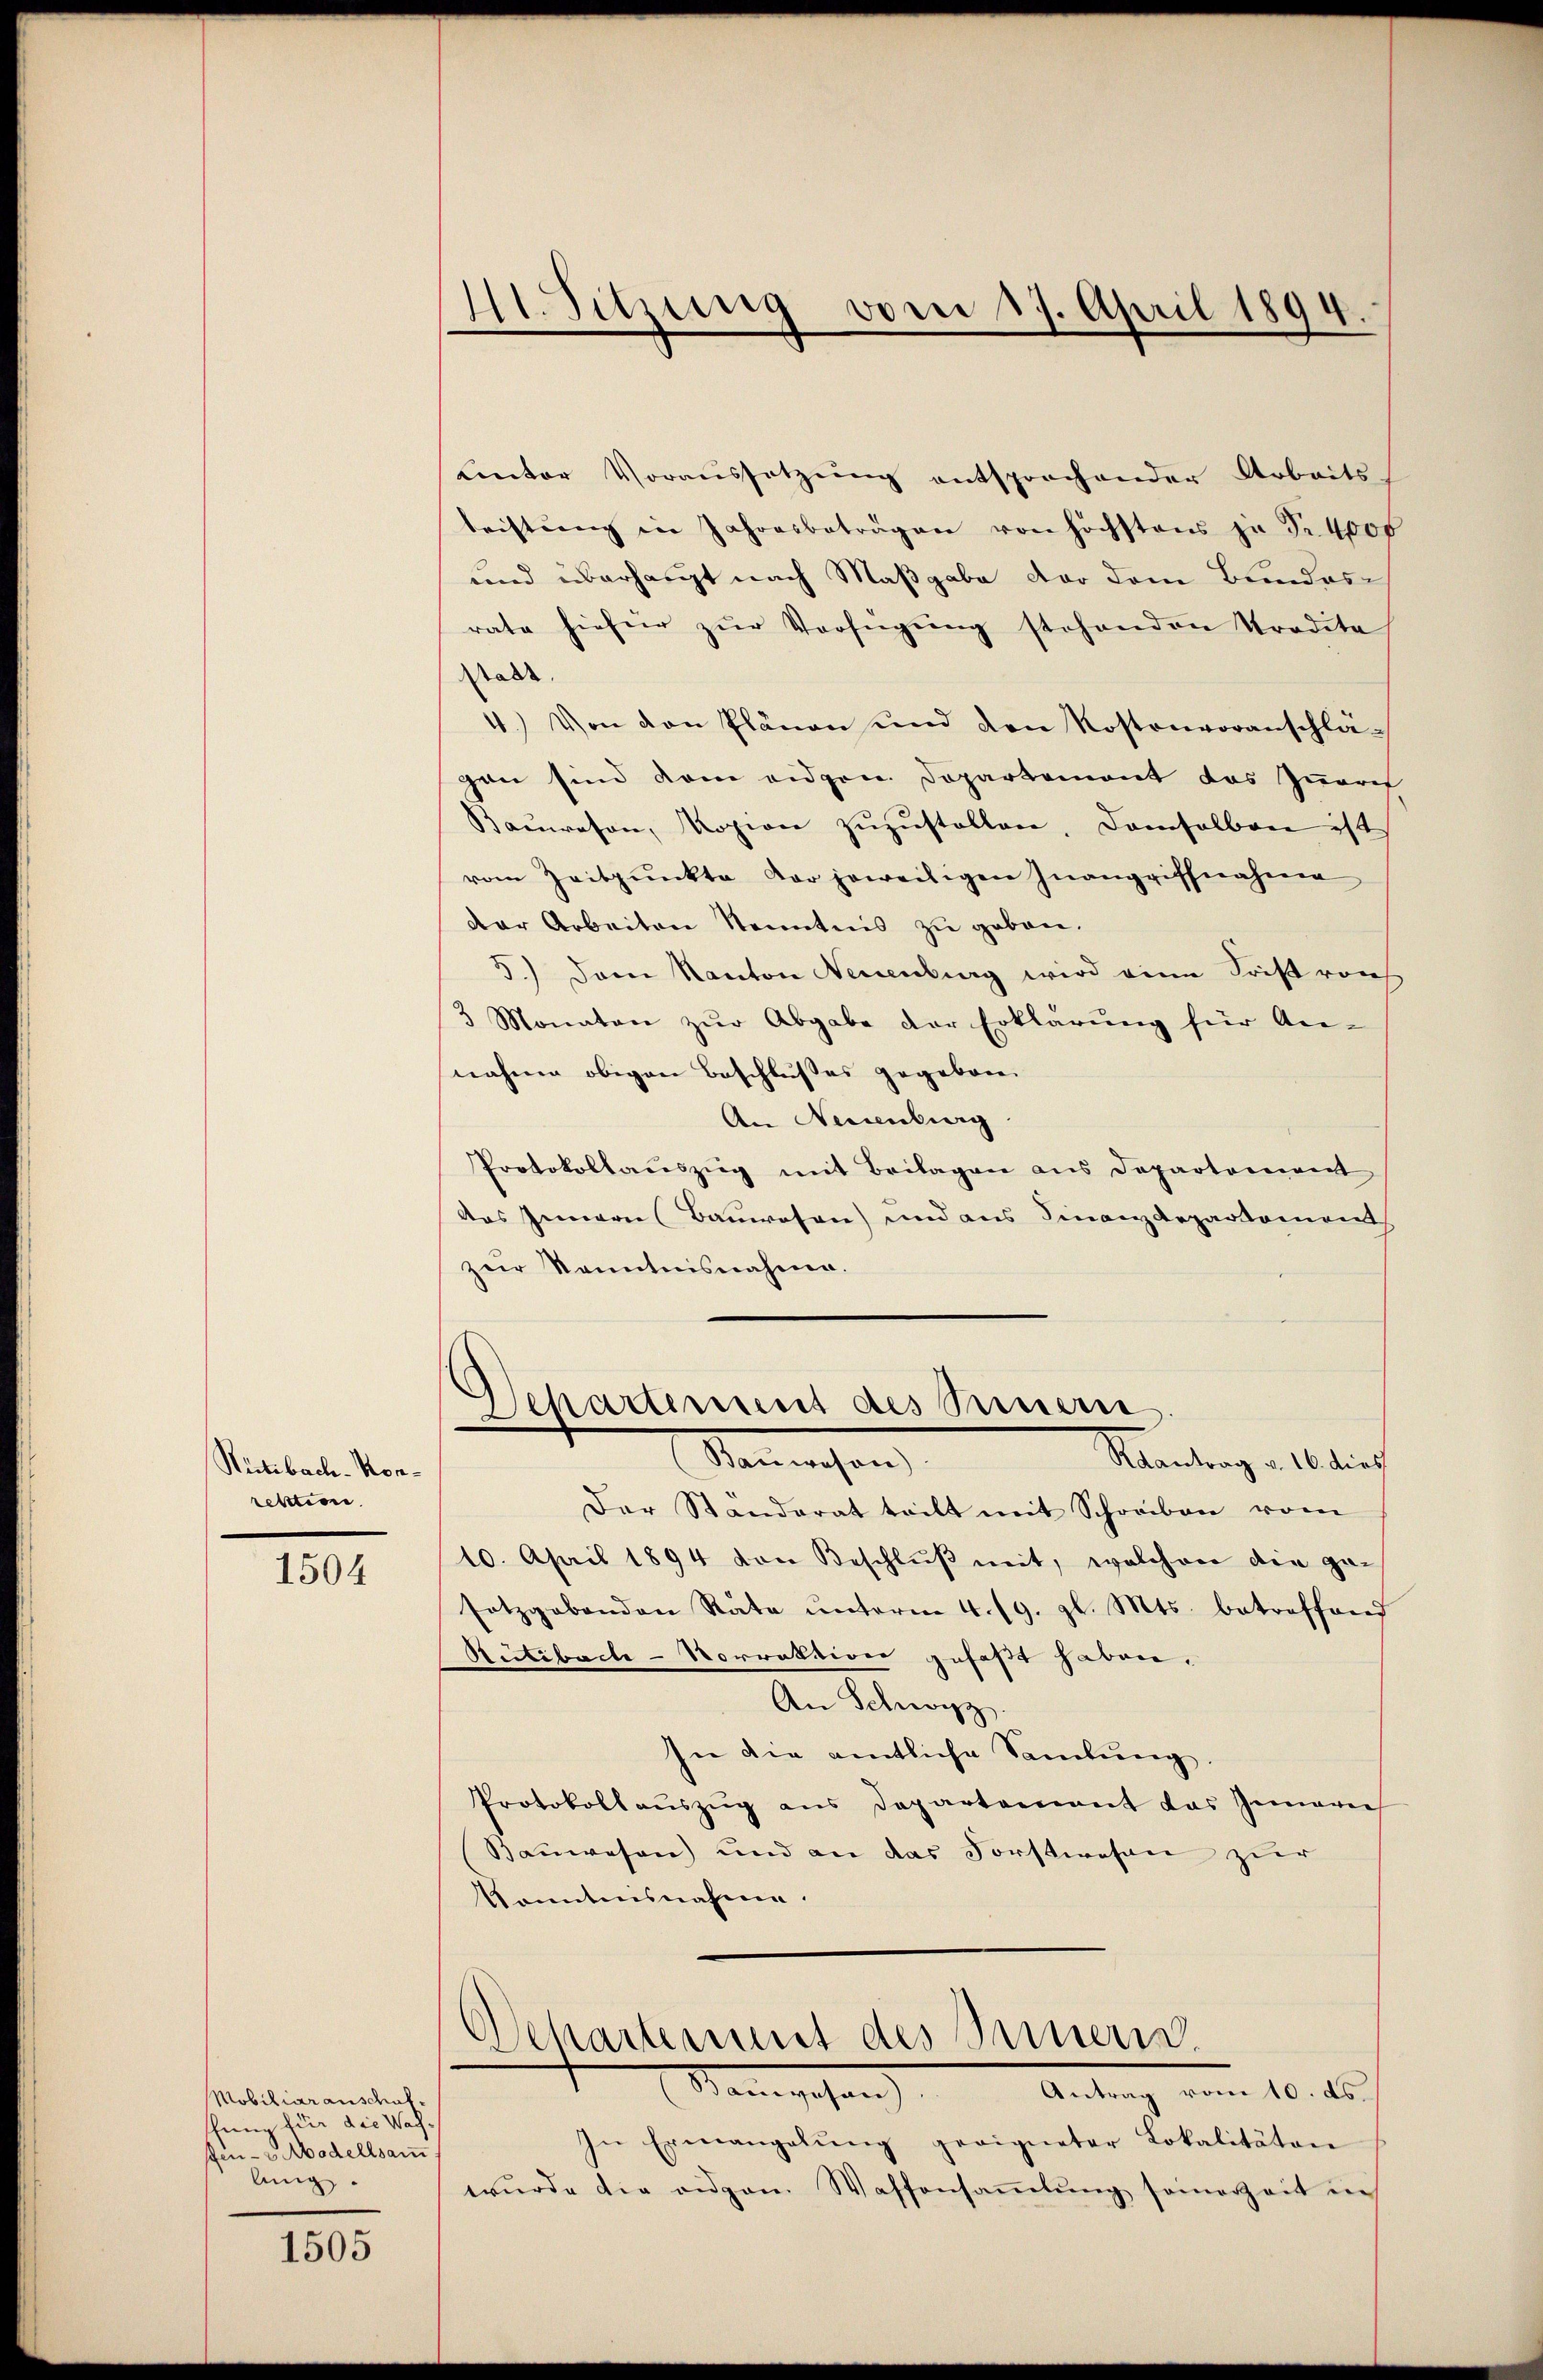
Nictibach-Konrektion.

1504

Mobiliar anschuf.
shien für die Wachfen- u Modellsam.
Ang

1505

41. Sitzung vom 17. April 1894.
d

Lnter Voraussetzŭng entsprochender Arbeits-
leistŭng in Jahresbeträgen von höchstens zu Fr. 4000
und überhaupt nach Maßgabe der dem Bundesrate hieher zŭr Verfügŭng stehenden Tradita
Walde
4. Von den Plänen und den Kostenvoranschlä-
gen sind dem eidgen. Departement das Zuerch
Baŭwesen, Kopion zŭzŭstellen, damselben ist
vom Zeitpunkte der jeweiligen Inangriffnahme
der Arbeiten Kenntnis zu geben.
5.) Dem Kanton Neuenburg wird eine Frist von
3 Monaten zŭr Abgabe der Erklärŭng für An-
nahme obigen Beschlußes gegeben.
An Neuenburg
Protokollaŭszŭg mit Beilagen aus Departoniert
das Innern (Bauwesen) und aus Finanzdepartement
zur Kenntnisnahme.
Departement des Sinnern.
Bauwesen)
Raantrag v. 16. dies
Der Ständerat teilt mit Schreiben vom
10. April 1894 von Beschlŭβ mit, welchen die ge-
setzgebenden Rate ŭnterm 4. 19. gl. Mts. betreffend
Sütibache-Vorrektion gefaßt haben.
An Schwyz
In die amtliche Samlung
Protokollaŭszŭg ans Departement das Gemarer
Bauwesen) und an das Forstwesen zur
konntensnahmen.

Departement des Innern.
Manegehen         Antrag vom 10. ds

In Ermangelŭng geeigneter Lokalitäten
wŭrde die eidgen. Waffensaṁlŭng somerzeit ein